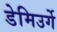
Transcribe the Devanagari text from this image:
डेमिउर्गे